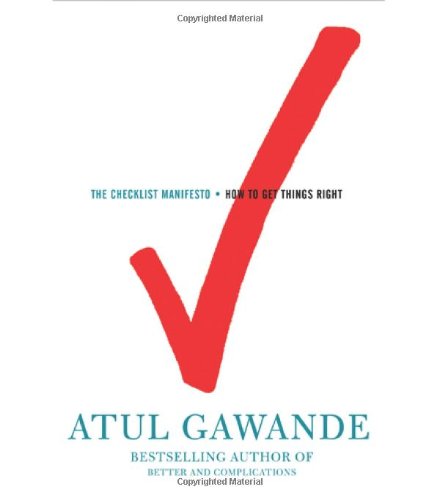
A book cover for The Checklist Manifesto: How to Get Things Right; Atul Gawande; Medical Books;